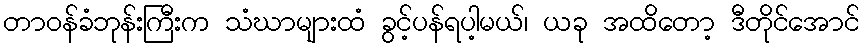
တာဝန်ခံဘုန်းကြီးက သံဃာများထံ ခွင့်ပန်ရပါ့မယ်၊ ယခု အထိတော့ ဒီတိုင်အောင်